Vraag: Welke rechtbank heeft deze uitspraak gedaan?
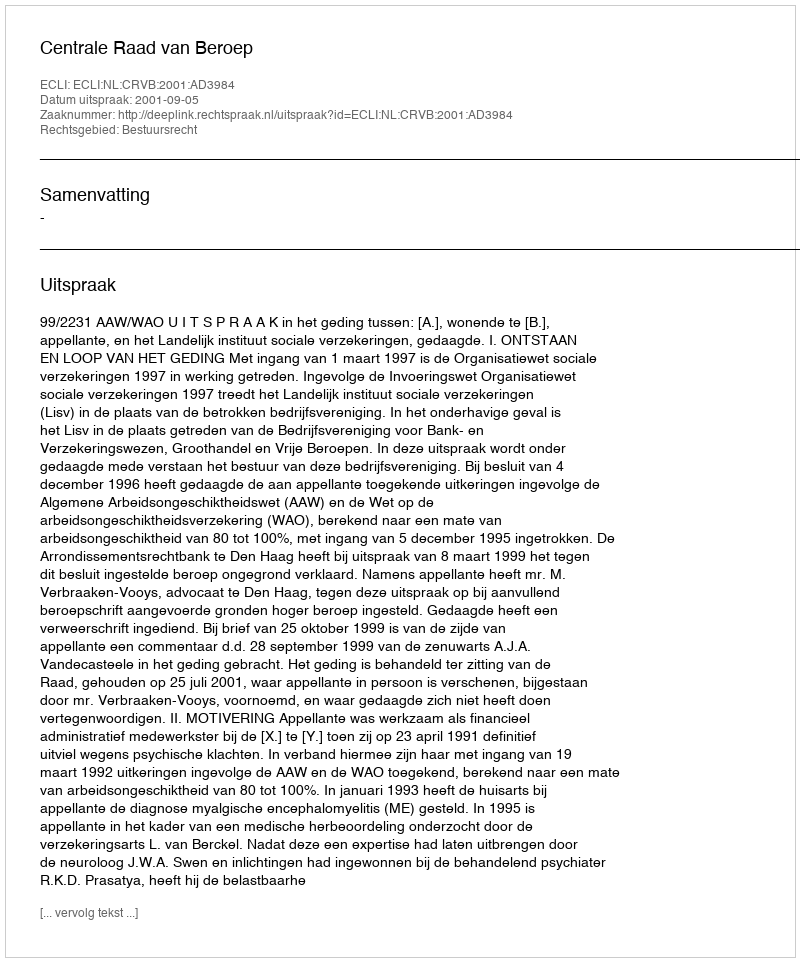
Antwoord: Centrale Raad van Beroep